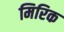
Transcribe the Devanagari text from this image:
मिरिक